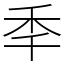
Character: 秊